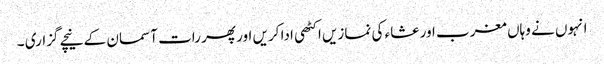
انہوں نے وہاں مغرب اور عشاء کی نمازیں اکٹھی ادا کریں اور پھر رات آسمان کے نیچے گزاری ۔